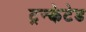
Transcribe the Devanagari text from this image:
ट्रन्केटेड